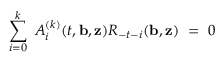
\sum _ { i = 0 } ^ { k } \ A _ { i } ^ { ( k ) } ( t , { \bf b } , { \bf z } ) { \cal R } _ { - t - i } ( { \bf b } , { \bf z } ) \ = \ 0